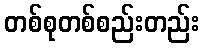
တစ်စုတစ်စည်းတည်း